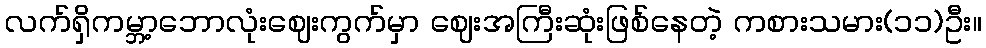
လက်ရှိကမ္ဘာ့ဘောလုံးဈေးကွက်မှာ ဈေးအကြီးဆုံးဖြစ်နေတဲ့ ကစားသမား(၁၁)ဦး။